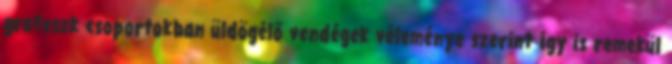
groteszk csoportokban üldögélő vendégek véleménye szerint így is remekül